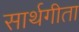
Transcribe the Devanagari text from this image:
सार्थगीता